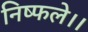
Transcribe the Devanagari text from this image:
निष्फले।।